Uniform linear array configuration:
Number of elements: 8
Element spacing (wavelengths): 1
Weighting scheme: exponential
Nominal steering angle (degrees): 60
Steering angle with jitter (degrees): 58.322
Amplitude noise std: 0.05
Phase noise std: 0.05

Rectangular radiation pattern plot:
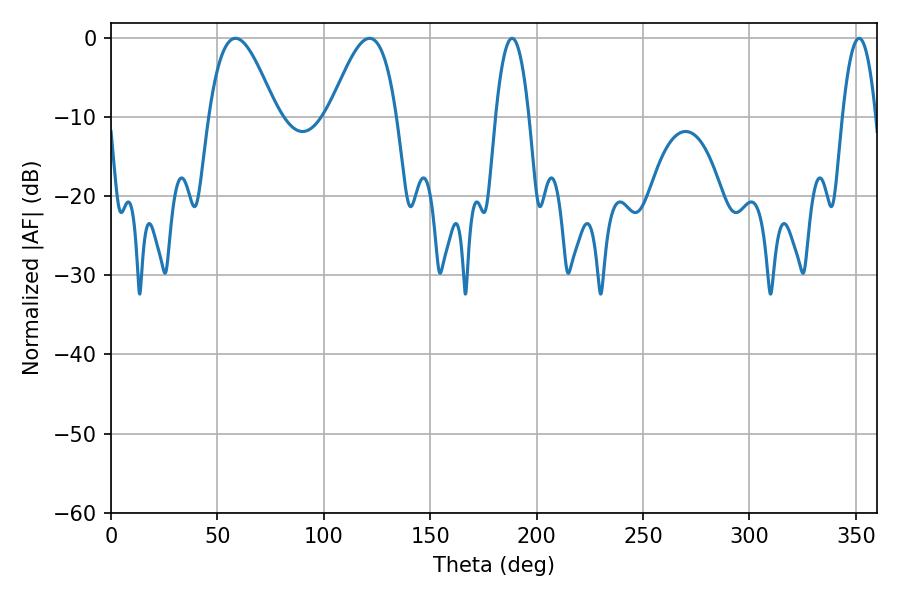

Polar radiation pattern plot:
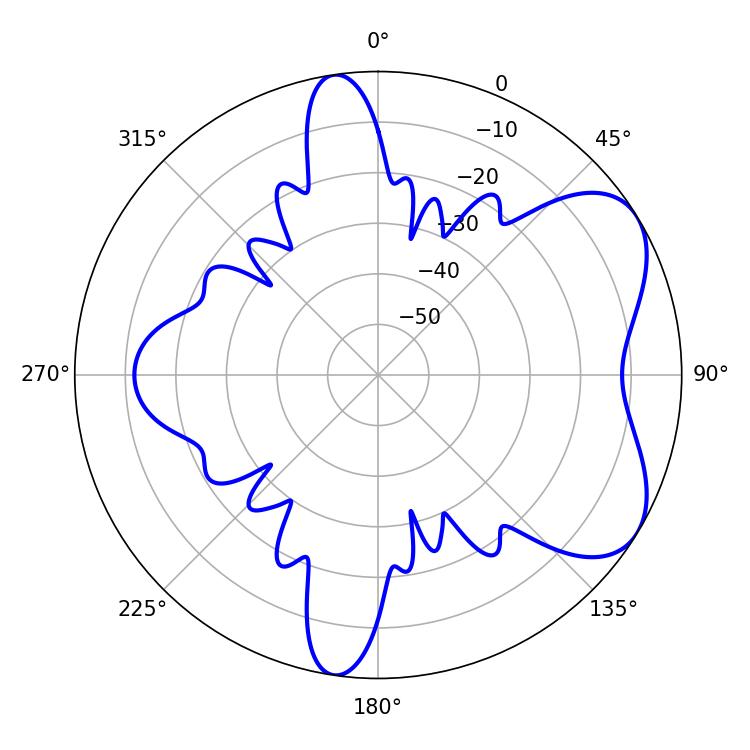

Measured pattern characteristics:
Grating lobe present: TRUE
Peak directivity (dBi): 5.929
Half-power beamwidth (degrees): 8.64
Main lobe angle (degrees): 188.46